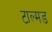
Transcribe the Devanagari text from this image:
टाल्मड